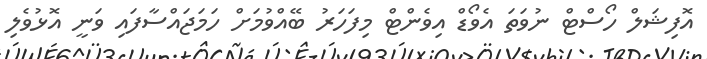
އޮފިޝަލް ހޯސްޓް ނުވަތަ އެވޯޑް އިވެންޓް މިފަހަރު ބޭއްވުމަށް ހަމަޖައްސާފައި ވަނީ އޮޅުވެލި